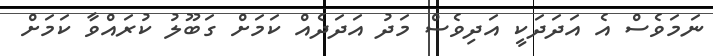
ނަމަވެސް އެ އަދަދަކީ އަދިވެސް މަދު އަދަދެއް ކަމަށް ގަބޫލު ކުރައްވާ ކަމަށް